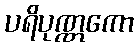
ပရိပုဏ္ဏကော